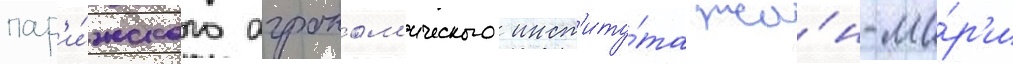
пар'и́жского агроном'ического инст'иту́та жа́н-ма́р'и